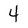
Character: 4